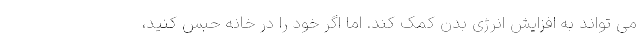
می تواند به افزایش انرژی بدن کمک کند. اما اگر خود را در خانه حبس کنید،